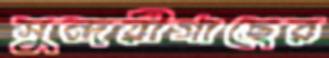
সুন্দরীগাছের